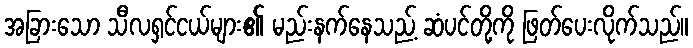
အခြားသော သီလရှင်ငယ်များ၏ မည်းနက်နေသည့် ဆံပင်တို့ကို ဖြတ်ပေးလိုက်သည်။